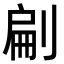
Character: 㓲